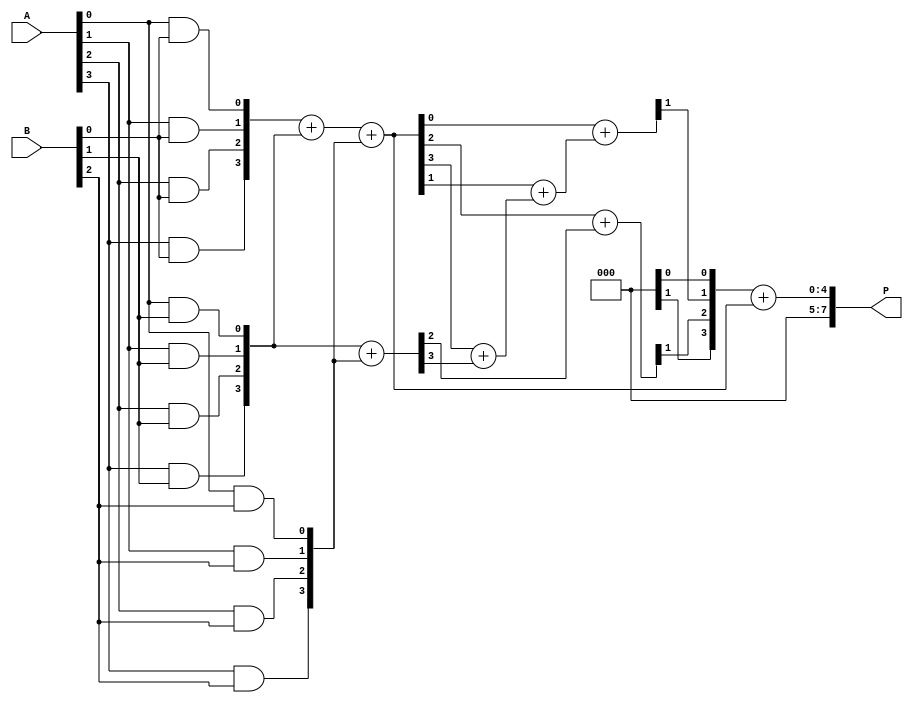
module wallace_tree_multiplier #(parameter N = 4) (
    input  wire [N-1:0] A,
    input  wire [N-1:0] B,
    output wire [2*N-1:0] P
);

// Partial product generation
wire [N-1:0] pp[N-1:0]; // partial product array

genvar i, j;
generate
    for (i = 0; i < N; i = i + 1) begin : pp_gen
        for (j = 0; j < N; j = j + 1) begin : pp_and
            assign pp[i][j] = A[j] & B[i];
        end
    end
endgenerate

// Wallace tree reduction
wire [N+1:0] sum[N-1:0];
wire [N-1:0] carry[N-1:0];

// Stage 1: Reduction
generate
    for (i = 0; i < N; i = i + 1) begin : stage_1
        if (i % 3 == 0) begin
            assign {carry[i], sum[i]} = pp[i] + pp[i+1] + pp[i+2];
        end else if (i % 3 == 1) begin
            assign {carry[i], sum[i]} = pp[i] + pp[i+1];
        end else if (i % 3 == 2) begin
            assign {carry[i], sum[i]} = pp[i]; // just pass through
        end
    end
endgenerate

// Stage 2: Continue to reduce the sums and carries
wire [N+1:0] final_sum[1:0];
wire [N-1:0] final_carry[1:0];

assign final_sum[0] = sum[0];
assign final_sum[1] = sum[1];

generate
    for (i = 0; i < N; i = i + 2) begin : stage_2
        assign {final_carry[0][i/2+1], final_sum[0][i/2]} = final_sum[0][i] + final_sum[1][i];
        assign {final_carry[1][i/2+1], final_sum[1][i/2]} = final_sum[0][i+1] + final_sum[1][i+1];
    end
endgenerate

// Final addition
wire [2*N:0] final_result;

// Standard addition to produce the final product
assign final_result = {1'b0, final_carry[0]} + {1'b0, final_sum[0]};

assign P = final_result[N:0];

endmodule